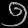
Digit: ၅